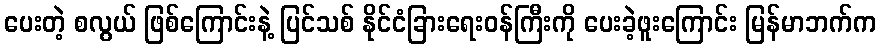
ပေးတဲ့ စလွယ် ဖြစ်ကြောင်းနဲ့ ပြင်သစ် နိုင်ငံခြားရေးဝန်ကြီးကို ပေးခဲ့ဖူးကြောင်း မြန်မာဘက်က